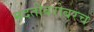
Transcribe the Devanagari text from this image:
मदतीबरोबरच